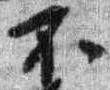
不